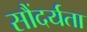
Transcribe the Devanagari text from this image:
सौंदर्यता